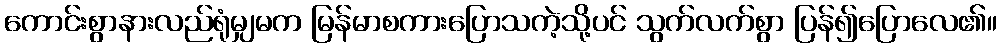
ကောင်းစွာနားလည်ရုံမျှမက မြန်မာစကားပြောသကဲ့သို့ပင် သွက်လက်စွာ ပြန်၍ပြောလေ၏။